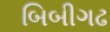
બિબીગઢ